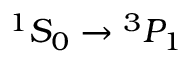
{ } ^ { 1 } S _ { 0 } \rightarrow { } ^ { 3 } P _ { 1 }